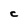
Character: C